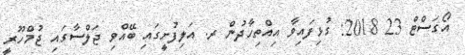
އޯގަސްޓް 23 2018: ގުޅިފައިވާ އިއްތިހާދުން ރ. އަލިފުށީގައި ބޭއްވި ޖަލްސާގައި ޖުމްހޫރީ